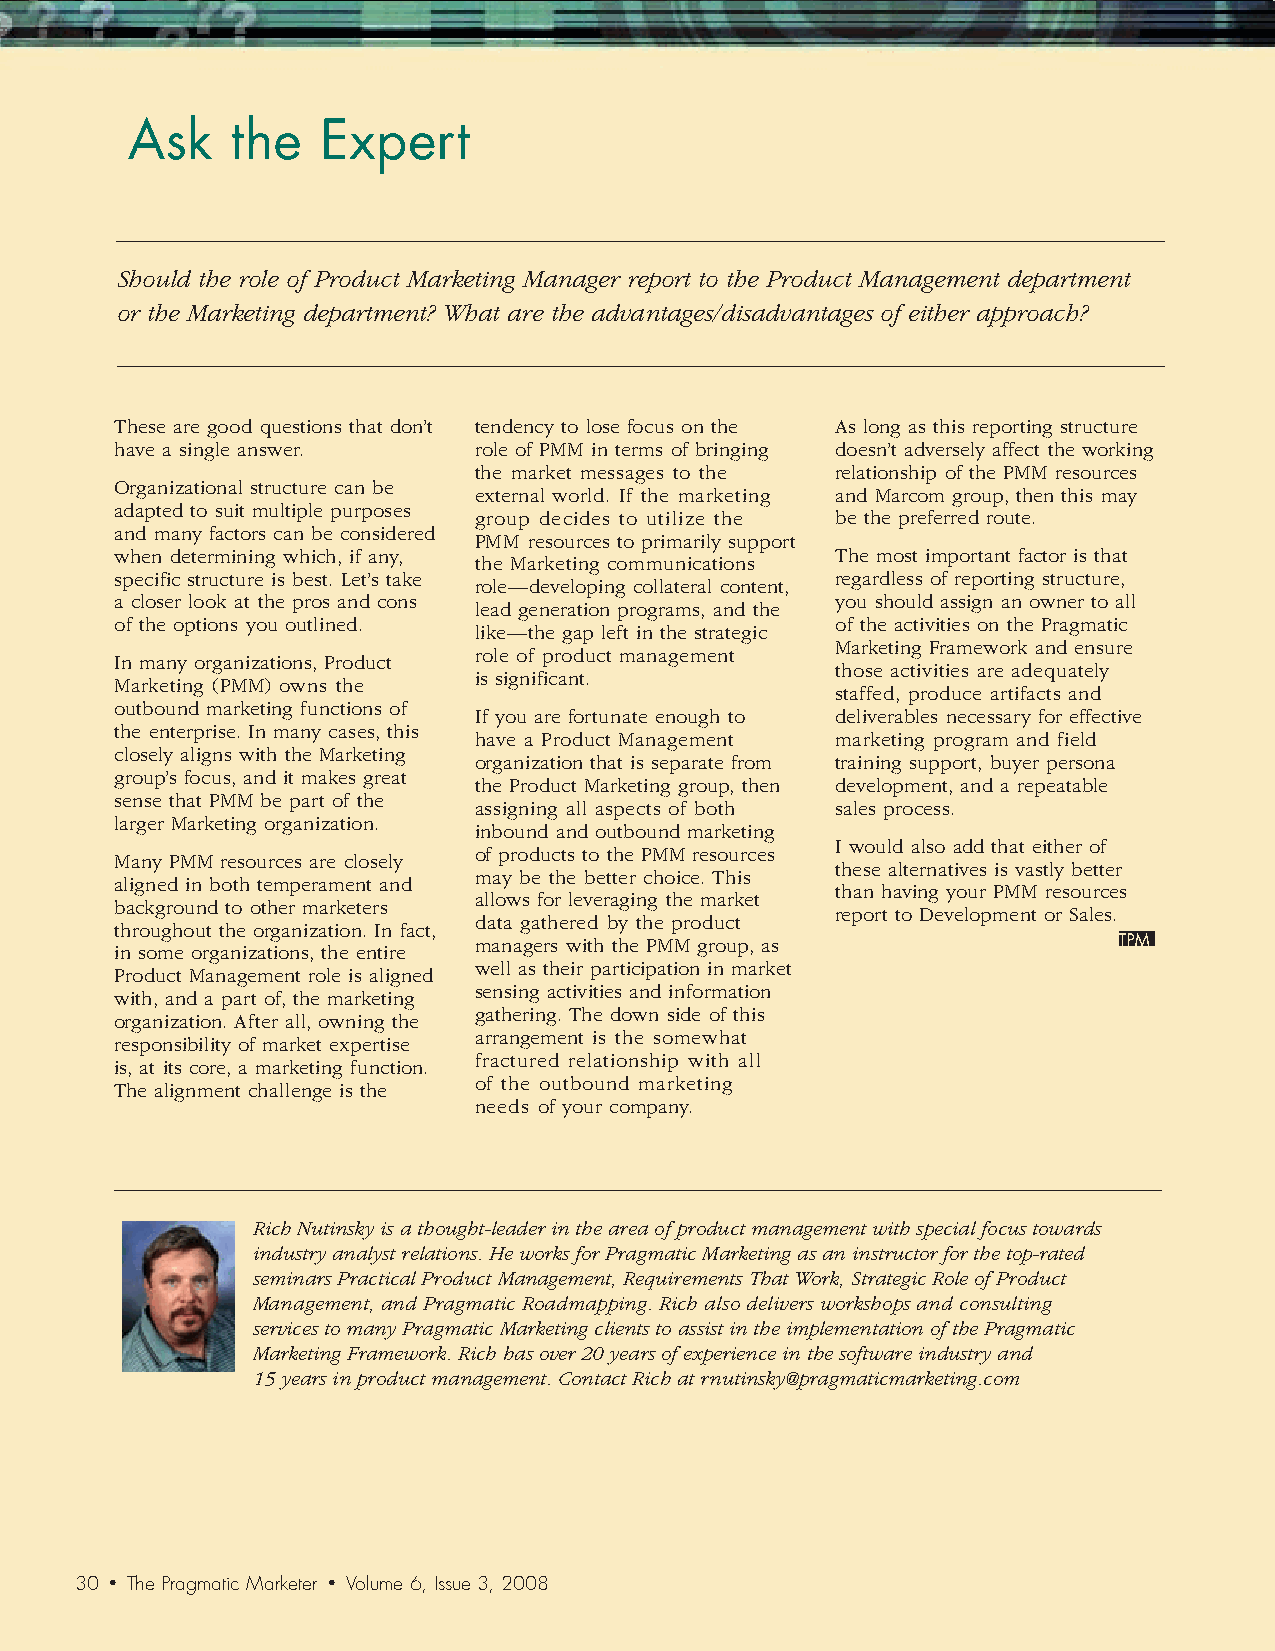
Achieving      Best   Practice    in
 Product     Management          and    Marketing
 Ask    the   Expert
 with   Pragmatic      Marketing
 Should the role of Product Marketing Manager report to the Product Management department
 or the Marketing department? What are the advantages/disadvantages of either approach?
 These are good questions that don’t tendency to lose focus on the As long as this reporting structure
 have a single answer.  role of PMM in terms of bringing doesn’t adversely affect the working
 the market messages to the relationship of the PMM resources
 Organizational structure can be
 external world. If the marketing and Marcom group, then this may
 adapted to suit multiple purposes
 group decides to utilize the be the preferred route.
 and many factors can be considered
 PMM resources to primarily support
 when determining which, if any,                The most important factor is that
 the Marketing communications
 specific structure is best. Let’s take         regardless of reporting structure,
 role—developing collateral content,
 a closer look at the pros and cons             you should assign an owner to all
 lead generation programs, and the
 of the options you outlined.                   of the activities on the Pragmatic
 like—the gap left in the strategic
 Marketing Framework and ensure
 role of product management
 In many organizations, Product
 those activities are adequately
 is significant.
 Marketing (PMM) owns the
 staffed, produce artifacts and
 outbound marketing functions of
 If you are fortunate enough to deliverables necessary for effective
 the enterprise. In many cases, this
 have a Product Management marketing program and field
 closely aligns with the Marketing
 organization that is separate from training support, buyer persona
 group’s focus, and it makes great
 the Product Marketing group, then development, and a repeatable
 sense that PMM be part of the
 assigning all aspects of both sales process.
 larger Marketing organization.
 inbound and outbound marketing
 I would also add that either of
 of products to the PMM resources
 Many PMM resources are closely
 these alternatives is vastly better
 may be the better choice. This
 aligned in both temperament and
 than having your PMM resources
 allows for leveraging the market
 background to other marketers
 report to Development or Sales.
 data gathered by the product
 throughout the organization. In fact,
 managers with the PMM group, as
 in some organizations, the entire
 well as their participation in market
 Product Management role is aligned
 sensing activities and information
 with, and a part of, the marketing
 gathering. The down side of this
 organization. After all, owning the
 arrangement is the somewhat
 responsibility of market expertise
 fractured relationship with all
 is, at its core, a marketing function.
 of the outbound marketing
 The alignment challenge is the
 needs of your company.
 Rich Nutinsky is a thought-leader in the area of product management with special focus towards
 industry analyst relations. He works for Pragmatic Marketing as an instructor for the top-rated
 seminars Practical Product Management, Requirements That Work, Strategic Role of Product
 Management, and Pragmatic Roadmapping. Rich also delivers workshops and consulting
 services to many Pragmatic Marketing clients to assist in the implementation of the Pragmatic
 Marketing Framework. Rich has over 20 years of experience in the software industry and
 15 years in product management. Contact Rich at rnutinsky@pragmaticmarketing.com
 30 • The Pragmatic Marketer • Volume 6, Issue 3, 2008